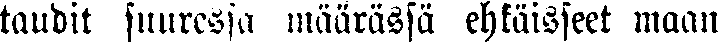
taudit suuressa määrässä ehkäisseet maan-